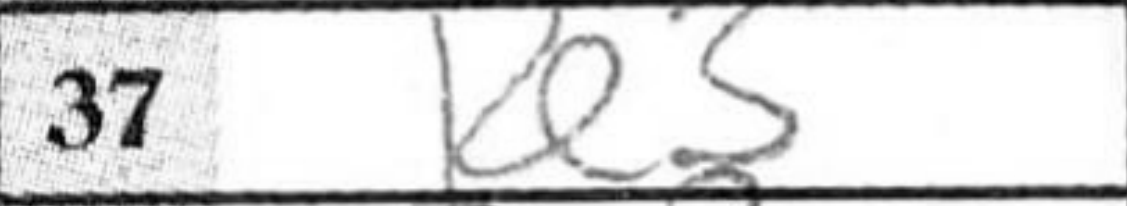
Transcription: Re3